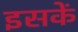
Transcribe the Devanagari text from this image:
इसकें